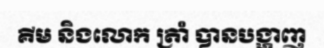
គីម និងលោក ត្រាំ បានបង្ហាញ